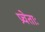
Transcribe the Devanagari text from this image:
प्रचेताः